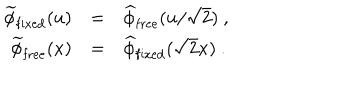
\begin{array} { r c l } { { \widetilde \phi _ { \mathrm { f i x e d } } ( u ) } } & { { = } } & { { \widehat \phi _ { \mathrm { f r e e } } ( u / \sqrt { 2 } ) \ , } } \\ { { \widetilde \phi _ { \mathrm { f r e e } } ( x ) } } & { { = } } & { { \widehat \phi _ { \mathrm { f i x e d } } ( \sqrt { 2 } x ) \ . } } \\ \end{array}